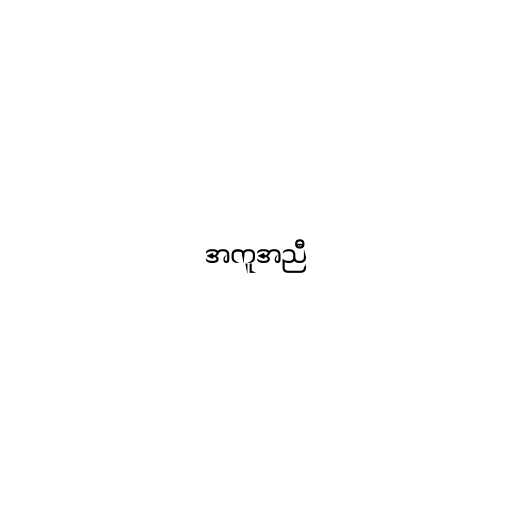
အကူအညီ